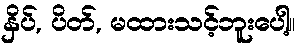
နှိပ်, ပိတ်, မထားသင့်ဘူးပေါ့။